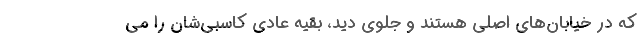
که در خیابان‌های اصلی هستند و جلوی دید، بقیه عادی کاسبی‌شان را می